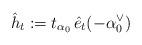
LaTeX: \begin{align*}\hat h_t:=t_{\alpha_0}\, \hat e_t (-\alpha_0^\vee )\end{align*}